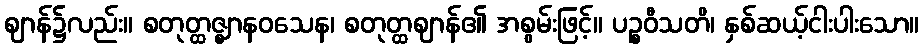
ဈာန်၌လည်း။ စတုတ္ထဇ္ဈာနဝသေန၊ စတုတ္ထဈာန်၏ အစွမ်းဖြင့်။ ပဉ္စဝီသတိ၊ နှစ်ဆယ့်ငါးပါးသော။